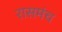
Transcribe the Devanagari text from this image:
रासमंच